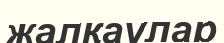
жалқаулар